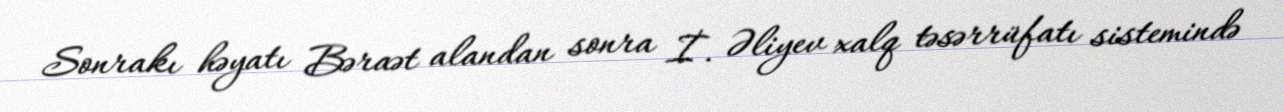
Sonrakı həyatı Bəraət alandan sonra İ. Əliyev xalq təsərrüfatı sistemində